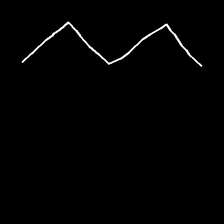
Glyph: crush